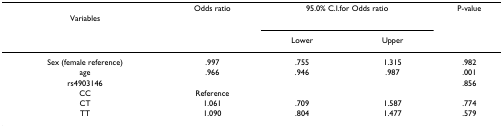
| Variables | Odds ratio | <COLSPAN=2> 95.0% C.I.for Odds ratio | P-value |
 |  |  | Lower | Upper |  |
 | --- | --- | --- | --- | --- |
 | Sex (female reference) | .997 | .755 | 1.315 | .982 |
 | age | .966 | .946 | .987 | .001 |
 | rs4903146 |  |  |  | .856 |
 | CC | Reference |  |  |  |
 | CT | 1.061 | .709 | 1.587 | .774 |
 | TT | 1.090 | .804 | 1.477 | .579 |